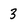
Character: 3